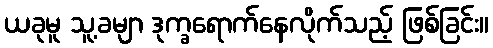
ယခုမူ သူ့ခမျာ ဒုက္ခရောက်နေလိုက်သည့် ဖြစ်ခြင်း။